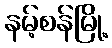
နမ့်စန်မြို့